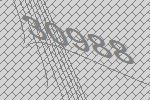
30988